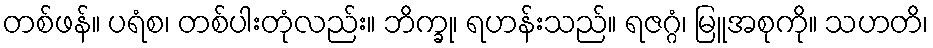
တစ်ဖန်။ ပရံစ၊ တစ်ပါးတုံလည်း။ ဘိက္ခု၊ ရဟန်းသည်။ ရဇဂ္ဂံ၊ မြူအစုကို။ သဟတိ၊